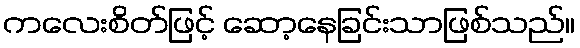
ကလေးစိတ်ဖြင့် ဆော့နေခြင်းသာဖြစ်သည်။